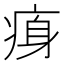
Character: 𤶴